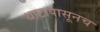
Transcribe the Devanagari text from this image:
थाटापासूनच